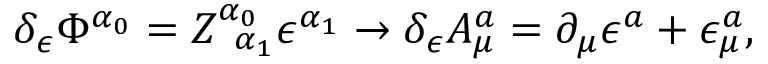
\delta _ { \epsilon } \Phi ^ { \alpha _ { 0 } } = Z _ { \; \; \alpha _ { 1 } } ^ { \alpha _ { 0 } } \epsilon ^ { \alpha _ { 1 } } \rightarrow \delta _ { \epsilon } A _ { \mu } ^ { a } = \partial _ { \mu } \epsilon ^ { a } + \epsilon _ { \mu } ^ { a } ,